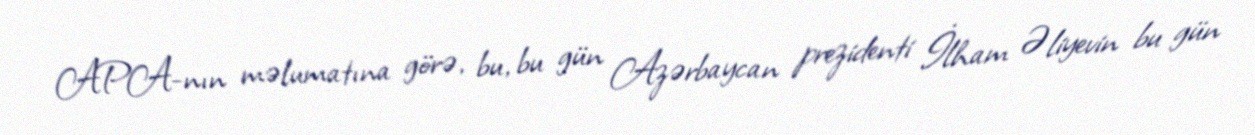
APA-nın məlumatına görə, bu, bu gün Azərbaycan prezidenti İlham Əliyevin bu gün